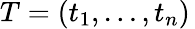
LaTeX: T=(t_{1},\ldots,t_{n})\,